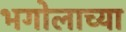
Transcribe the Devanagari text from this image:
भगोलाच्या